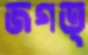
জগত্